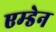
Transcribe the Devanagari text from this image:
एम्डेन